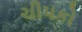
ચીપકો